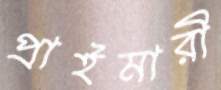
প্রাইমারী